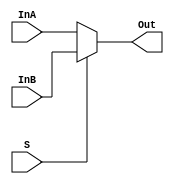
module mux2_1(InA, InB, S, Out);
    input InA, InB, S;
    output Out;
/*    wire S, S_n, w1, w2, w3, w4, w5;
    not1 mod1(.in1(S), .out(S_n));
    nand2 mod2(.in1(S_n), .in2(InA), .out(w1));
    nand2 mod3(.in1(S), .in2(InB), .out(w2));
    not1 mod4(.in1(w1), .out(w3));
    not1 mod5(.in1(w2), .out(w4));
    nor2 mod6(.in1(w3), .in2(w4), .out(w5));
    not1 mod7(.in1(w5), .out(Out));
*/
    assign Out = (S) ? InB : InA;
endmodule